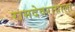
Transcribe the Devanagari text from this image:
रामदेवरायाला